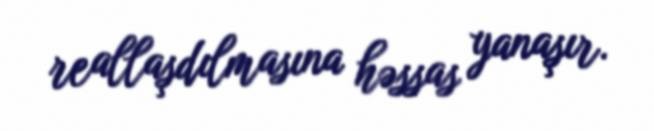
reallaşdılmasına həssas yanaşır.